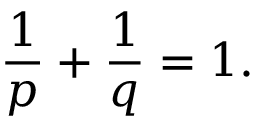
\frac { 1 } { p } + \frac { 1 } { q } = 1 .